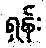
ရှန်း